Problem: 28 + 5 = ?
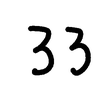
Handwritten answer: 33